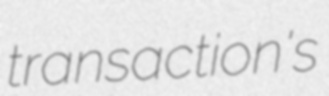
transaction's